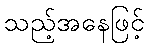
သည့်အနေဖြင့်